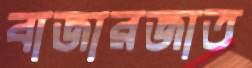
বাজারজাত